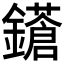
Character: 𨮤